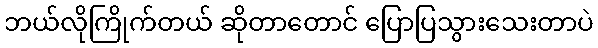
ဘယ်လိုကြိုက်တယ် ဆိုတာတောင် ပြောပြသွားသေးတာပဲ